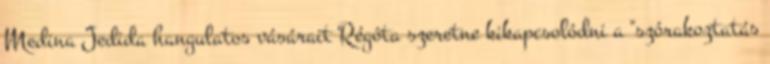
Medina Jedida hangulatos vásárait Régóta szeretne kikapcsolódni a "szórakoztatás